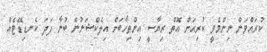
ކުރައްވަން ނިންމެވީ ކުރިއަށް އޮތް ރިޔާސީ އިންތިހާބަށް އިލެކްޝަނުން ބުނާ ފަދަ ކެނޑިޑޭޓެއް